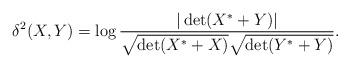
LaTeX: \begin{align*} \delta^2(X,Y) = \log\frac{|\det(X^*+Y)|}{\sqrt{\det(X^*+X)}\sqrt{\det(Y^*+Y)}}. \end{align*}